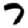
Digit: 7